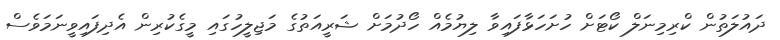
ދައުލަތުން ކްރިމިނަލް ކޯޓަށް ހުށަހަޅާފައިވާ ލިޔުމެއް ހޯދުމަށް ޝަރީއަތުގެ މަޖިލީހުގައި މީގެކުރިން އެދިފައިވީނަމަވެސް